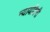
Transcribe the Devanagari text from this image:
न्यायदिनी